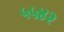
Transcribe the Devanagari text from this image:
५५४२